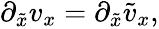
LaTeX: \begin{array}{r}{\partial_{\tilde{x}}v_{x}=\partial_{\tilde{x}}\tilde{v}_{x},}\end{array}